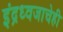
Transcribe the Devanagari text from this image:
इंद्रध्वजाचेही